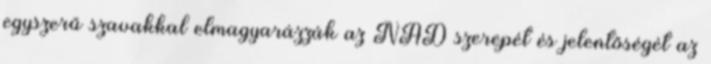
egyszerű szavakkal elmagyarázzák az NAD szerepét és jelentőségét az